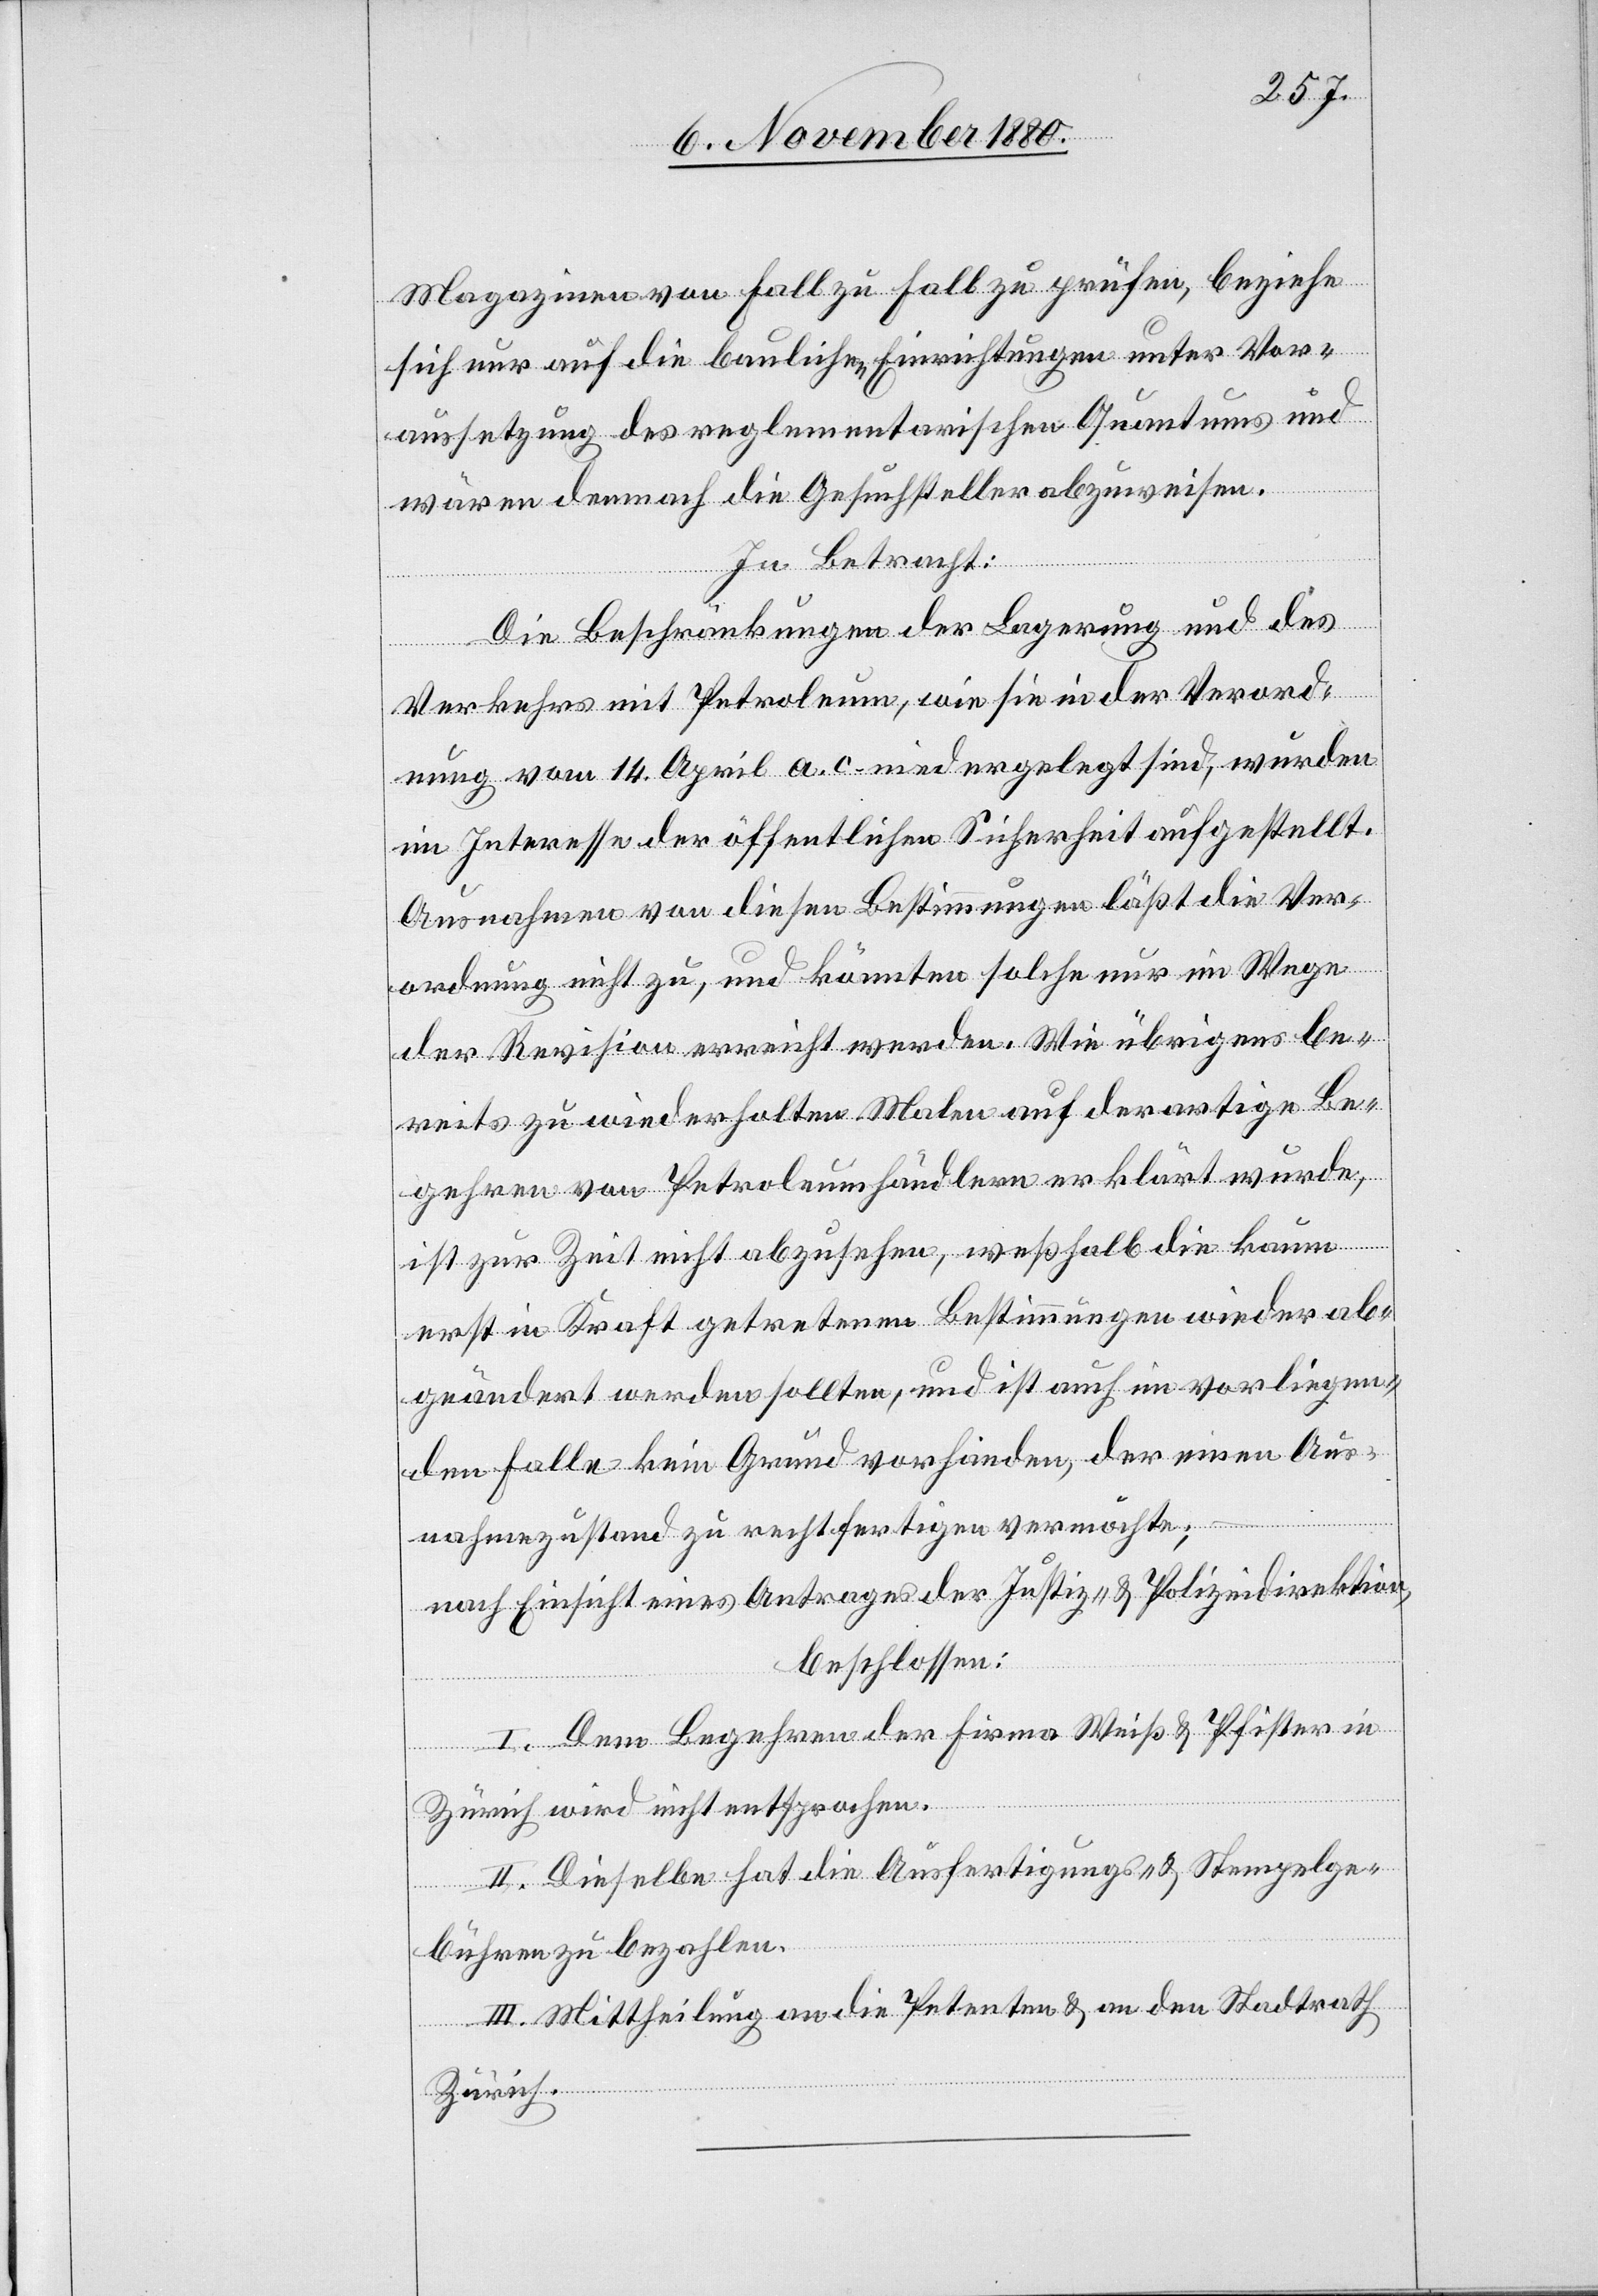
Magazinen von Fall zu Fall zu prüfen, beziehe
sich nur auf die baulichen Einrichtungen unter Vor¬
aussetzung des reglementarischen Quantums und
wären demnach die Gesuchsteller abzuweisen.
In Betracht:
Die Beschränkungen der Lagerung und des
Verkehrs mit Petroleum, wie sie in der Verord¬
nung vom 14. April a. c. niedergelegt sind, wurden
im Interesse der öffentlichen Sicherheit aufgestellt.
Ausnahmen von diesen Bestimmungen läßt die Ver¬
ordnung nicht zu, und könnten solche nur im Wege
der Revision erreicht werden. Wie übrigens be¬
reits zu wiederholten Malen auf derartige Be¬
gehren von Petroleumhändlern erklärt wurde,
ist zur Zeit nicht abzusehen, weßhalb die kaum
erst in Kraft getretenen Bestimmungen wieder ab¬
geändert werden sollten, und ist auch im vorliegen¬
den Falle kein Grund vorhanden, der einen Aus¬
nahmezustand zu rechtfertigen vermöchte;
nach Einsicht eines Antrages der Justiz- & Polizeidirektion,
beschlossen:
I. Dem Begehren der Firma Weiß & Pfister in
Zürich wird nicht entsprochen.
II. Dieselbe hat die Ausfertigungs- & Stempelge¬
bühren zu bezahlen.
III. Mittheilung an die Petenten & an den Stadtrath
Zürich.